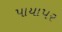
પાયાપર